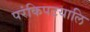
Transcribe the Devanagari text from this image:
परंकिपटयालि